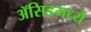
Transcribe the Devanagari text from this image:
ॲसिडमध्ये